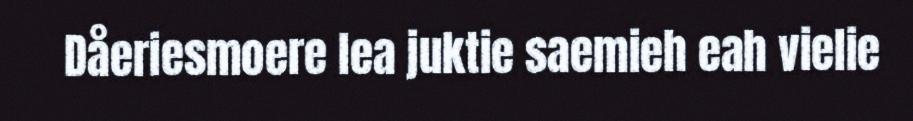
Dåeriesmoere lea juktie saemieh eah vielie